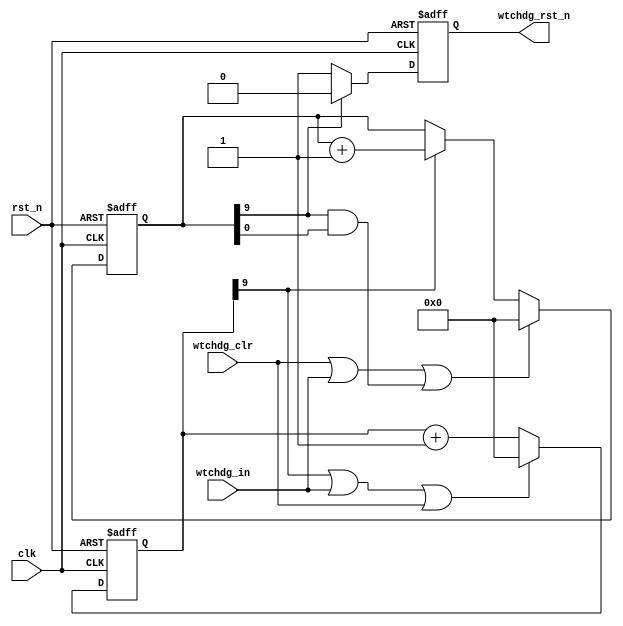
//******************************************************************
// Copyright (c) 2015 PANGO MICROSYSTEMS, INC
// ALL RIGHTS REVERVED.
//******************************************************************
`timescale 1ns/1ps
module hsst_rst_wtchdg_v1_0 #(
    parameter ACTIVE_HIGH        = 0,  // 0 : active@low, 1 : active@high
    parameter WTCHDG_CNTR1_WIDTH = 10, //(2**(WTCHDG_CNTR1_WIDTH-1)) = 512
    parameter WTCHDG_CNTR2_WIDTH = 10  //watchdog time = (2**(WTCHDG_CNTR2_WIDTH-1))*(2**(WTCHDG_CNTR1_WIDTH-1)) = 256k;
                                       //watchdog reset length = (2**(WTCHDG_CNTR1_WIDTH-1))
)(
    input   wire                             clk,
    input   wire                             rst_n,
    input   wire                             wtchdg_clr,
    input   wire                             wtchdg_in,
    output  reg                              wtchdg_rst_n
);

wire                              wtchdg_in_mux;
reg     [WTCHDG_CNTR1_WIDTH-1:0]  cnt_1;
reg     [WTCHDG_CNTR2_WIDTH-1:0]  cnt_2;

assign wtchdg_in_mux = (ACTIVE_HIGH == 1'b1) ? ~wtchdg_in : wtchdg_in;

always@(posedge clk or negedge rst_n)
begin
    if (!rst_n)
    begin
        cnt_1 <= {WTCHDG_CNTR1_WIDTH{1'b0}};
    end
    else if(cnt_1[WTCHDG_CNTR1_WIDTH-1] | wtchdg_in_mux | wtchdg_clr)
    begin
        cnt_1 <= {WTCHDG_CNTR1_WIDTH{1'b0}};
    end
    else
    begin
        cnt_1 <= cnt_1 + { {(WTCHDG_CNTR1_WIDTH-1){1'b0}}, 1'b1};
    end
end

always@(posedge clk or negedge rst_n)
begin
    if (!rst_n)
    begin
        cnt_2 <= {WTCHDG_CNTR2_WIDTH{1'b0}};
    end
    else if(wtchdg_clr | wtchdg_in_mux | (cnt_2[WTCHDG_CNTR2_WIDTH-1] & cnt_2[0]) )
    begin
        cnt_2 <= {WTCHDG_CNTR2_WIDTH{1'b0}};
    end
    else if(cnt_1[WTCHDG_CNTR1_WIDTH-1])
    begin
        cnt_2 <= cnt_2 + { {(WTCHDG_CNTR2_WIDTH-1){1'b0}}, 1'b1};
    end
end

always@(posedge clk or negedge rst_n)
begin
    if (!rst_n)
    begin
        wtchdg_rst_n <= 1'b1;
    end
    else if(cnt_2[WTCHDG_CNTR2_WIDTH-1])
    begin
        wtchdg_rst_n <= 1'b0;
    end
    else
    begin
        wtchdg_rst_n <= 1'b1;
    end
end

endmodule